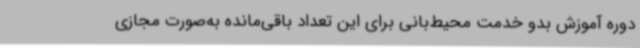
دوره آموزش بدو خدمت محیط‌بانی برای این تعداد باقی‌مانده به‌صورت مجازی